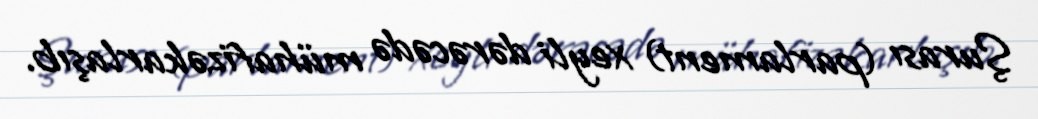
Şurası (parlament) xeyli dərəcədə mühafizəkarlaşıb.